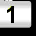
Digit: 1